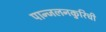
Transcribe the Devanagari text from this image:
पान्जलनकुरिची